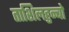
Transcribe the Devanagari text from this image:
ताशिलहुन्बो